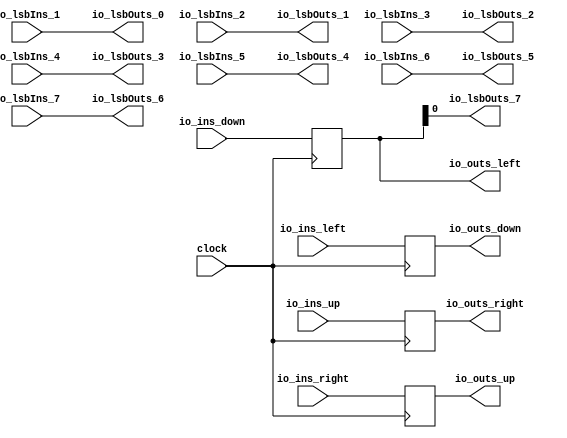
// This program was cloned from: https://github.com/NYU-MLDA/OpenABC
// License: BSD 3-Clause "New" or "Revised" License

module Element(
  input         clock,
  input  [63:0] io_ins_down,
  input  [63:0] io_ins_right,
  input  [63:0] io_ins_up,
  input  [63:0] io_ins_left,
  output [63:0] io_outs_down,
  output [63:0] io_outs_right,
  output [63:0] io_outs_up,
  output [63:0] io_outs_left,
  input         io_lsbIns_1,
  input         io_lsbIns_2,
  input         io_lsbIns_3,
  input         io_lsbIns_4,
  input         io_lsbIns_5,
  input         io_lsbIns_6,
  input         io_lsbIns_7,
  output        io_lsbOuts_0,
  output        io_lsbOuts_1,
  output        io_lsbOuts_2,
  output        io_lsbOuts_3,
  output        io_lsbOuts_4,
  output        io_lsbOuts_5,
  output        io_lsbOuts_6,
  output        io_lsbOuts_7
);
  reg [63:0] REG;
  reg [63:0] REG_1;
  reg [63:0] REG_2;
  reg [63:0] REG_3;
  assign io_outs_down = REG_3;
  assign io_outs_right = REG_2;
  assign io_outs_up = REG_1;
  assign io_outs_left = REG;
  assign io_lsbOuts_0 = io_lsbIns_1;
  assign io_lsbOuts_1 = io_lsbIns_2;
  assign io_lsbOuts_2 = io_lsbIns_3;
  assign io_lsbOuts_3 = io_lsbIns_4;
  assign io_lsbOuts_4 = io_lsbIns_5;
  assign io_lsbOuts_5 = io_lsbIns_6;
  assign io_lsbOuts_6 = io_lsbIns_7;
  assign io_lsbOuts_7 = io_outs_left[0];
  always @(posedge clock) begin
    REG <= io_ins_down;
    REG_1 <= io_ins_right;
    REG_2 <= io_ins_up;
    REG_3 <= io_ins_left;
  end
endmodule